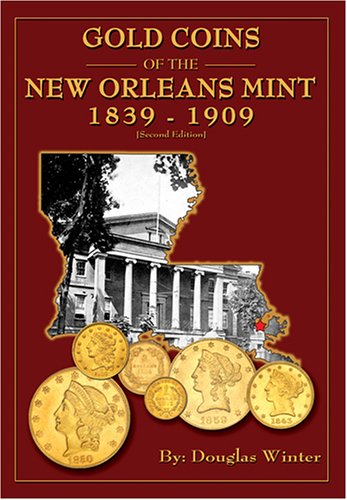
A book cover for Gold Coins of the New Orleans Mint: 1839-1909; Douglas Winter; Crafts, Hobbies & Home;